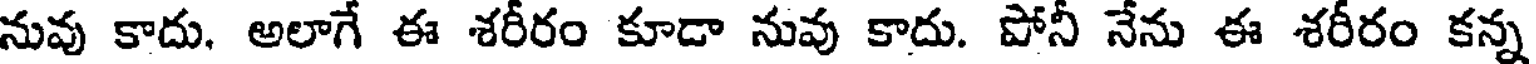
నువు కాదు, అలాగే ఈ శరీరం కూడా నువు కాదు. పోనీ నేను ఈ శరీరం కన్న